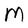
Character: M